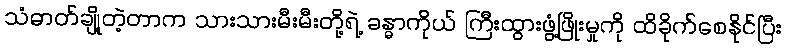
သံဓာတ်ချို့တဲ့တာက သားသားမီးမီးတို့ရဲ့ ခန္ဓာကိုယ် ကြီးထွားဖွံ့ဖြိုးမှုကို ထိခိုက်စေနိုင်ပြီး